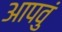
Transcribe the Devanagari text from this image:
आपवुं